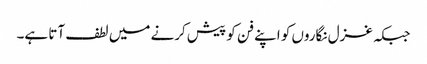
جبکہ غزل نگاروں کو اپنے فن کو پیش کرنے میں لطف آتا ہے۔